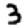
Digit: 3